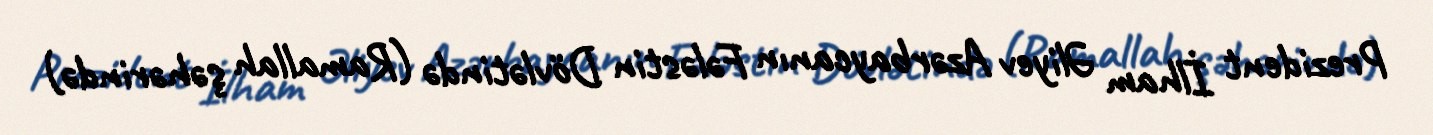
Prezident İlham Əliyev Azərbaycanın Fələstin Dövlətində (Ramallah şəhərində)